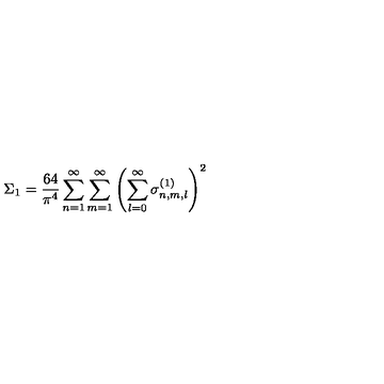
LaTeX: \Sigma _ { 1 } = \frac { 6 4 } { \pi ^ { 4 } } \sum _ { n = 1 } ^ { \infty } \sum _ { m = 1 } ^ { \infty } \left( \sum _ { l = 0 } ^ { \infty } \sigma _ { n , m , l } ^ { ( 1 ) } \right) ^ { 2 }